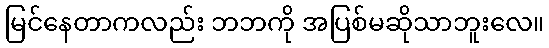
မြင်နေတာကလည်း ဘဘကို အပြစ်မဆိုသာဘူးလေ။